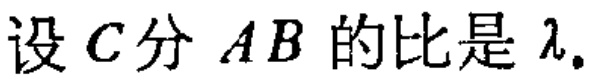
设 \(C\) 分 \(AB\) 的比是 \(\lambda\).